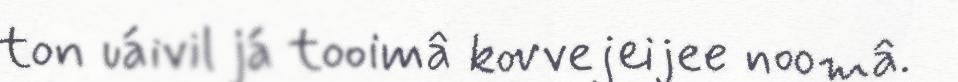
ton uáivil já tooimâ kovvejeijee noomâ.